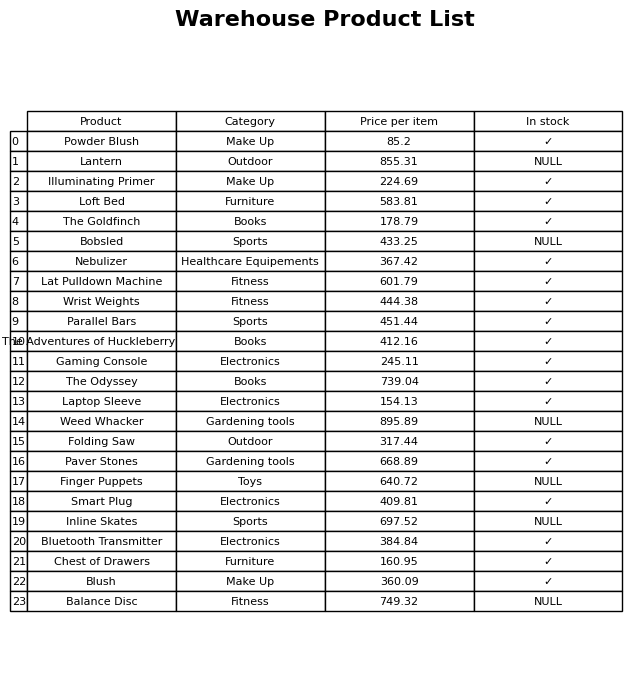
question: Which products are available in stock?
answer: Powder Blush, Illuminating Primer, Loft Bed, The Goldfinch, Nebulizer, Lat Pulldown Machine, Wrist Weights, Parallel Bars, The Adventures of Huckleberry Finn, Gaming Console, The Odyssey, Laptop Sleeve, Folding Saw, Paver Stones, Smart Plug, Bluetooth Transmitter, Chest of Drawers, Blush